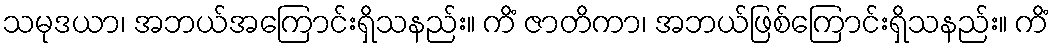
သမုဒယာ၊ အဘယ်အကြောင်းရှိသနည်း။ ကိံ ဇာတိကာ၊ အဘယ်ဖြစ်ကြောင်းရှိသနည်း။ ကိံ